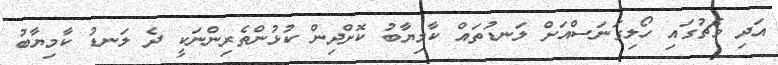
އަދި މެޗުގައި ހޯލިގަނަސްއަށް ލަނޑުތައް ކާމިޔާބު ކޮށްދިން ކުޅުންތެރިންނަކީ ދެ ލަނޑު ކާމިޔާބު